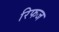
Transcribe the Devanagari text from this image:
रिफज